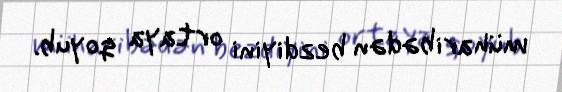
müharibədən bezdiyini ortaya qoyub.